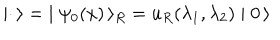
LaTeX: \mid { \bf \cdot } \, \rangle = \; \mid \psi _ { 0 } ( x ) \, \rangle _ { R } = u _ { R } ( \lambda _ { 1 } , \lambda _ { 2 } ) \mid 0 \, \rangle